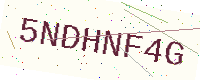
Text: 5NDHNF4G